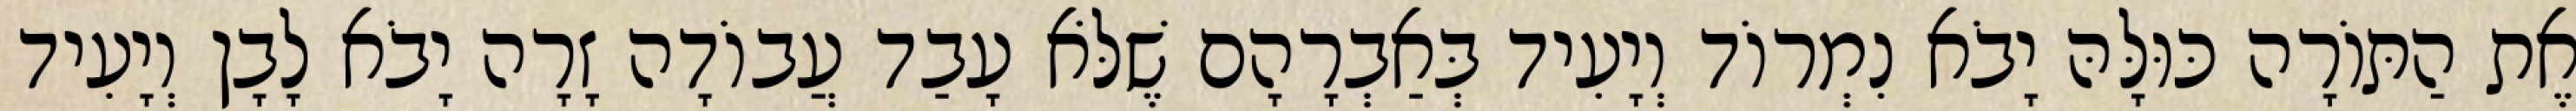
אֶת הַתּוֹרָה כּוּלָּהּ יָבֹא נִמְרוֹד וְיָעִיד בְּאַבְרָהָם שֶׁלֹּא עָבַד עֲבוֹדָה זָרָה יָבֹא לָבָן וְיָעִיד